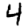
Digit: 4